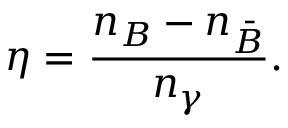
\eta = { \frac { n _ { B } - n _ { \bar { B } } } { n _ { \gamma } } } .